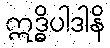
ဣဒ္ဓိပါဒါနိ